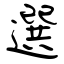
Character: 選